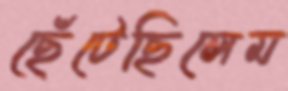
ছেঁটেছিলেম